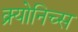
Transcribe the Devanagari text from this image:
क्र्योनिच्स